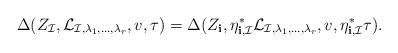
LaTeX: \begin{align*}\Delta(Z_{\mathcal I}, \mathcal L_{\mathcal I,\lambda_1,\dots, \lambda_r}, v, \tau)= \Delta(Z_{\mathbf i}, \eta_{\mathbf i,\mathcal I}^{\ast} \mathcal L_{\mathcal I,\lambda_1,\dots, \lambda_r}, v, \eta_{\mathbf i,\mathcal I}^{\ast} \tau).\end{align*}